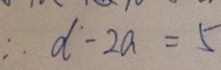
\therefore d - 2 a = 5